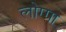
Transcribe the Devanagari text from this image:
लोग्गा